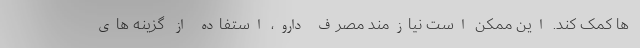
ها کمک کند. این ممکن است نیازمند مصرف دارو، استفاده از گزینه های